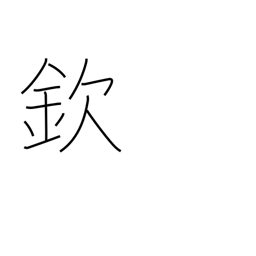
Meaning: respect